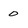
Character: 0